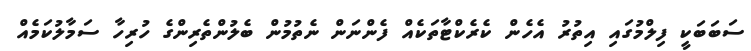
ސަބަބަކީ ފިލްމުގައި އިތުރު އެހެން ކެރެކްޓާތަކެއް ފެންނަން ނެތުމުން ބެލުންތެރިންގެ ހުރިހާ ސަމާލުކަމެއް